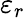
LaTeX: \varepsilon_{r}